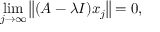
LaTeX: \operatorname* { l i m } _ { j \to \infty } \left\| ( A - \lambda I ) x _ { j } \right\| = 0 ,